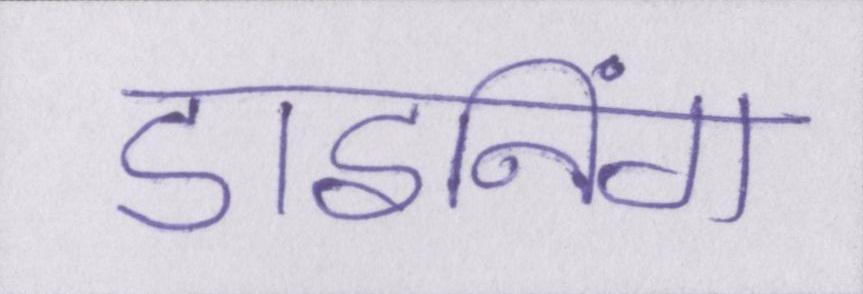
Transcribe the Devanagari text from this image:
डाइनिंग